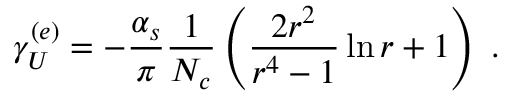
\gamma _ { U } ^ { ( e ) } = - \frac { \alpha _ { s } } { \pi } \frac { 1 } { N _ { c } } \left( \frac { 2 r ^ { 2 } } { r ^ { 4 } - 1 } \ln r + 1 \right) \; .